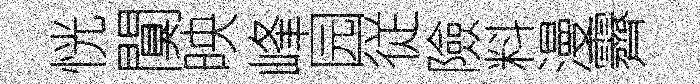
恍闃映峰园従險料漫霽